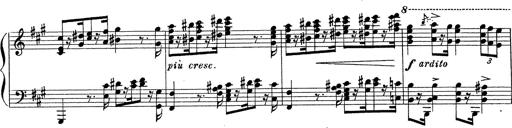
Title: Ballade No.1
Composer: Richard St. Clair